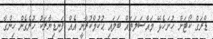
ޑްރަގް ކޯޓަށް ހުށަހެޅޭ މައްސަލަތައް ބަލައި ޙުކުމްކުރާނީ އެއް ފަނޑިޔާރަކު ހުރެގެން ހިންގާ